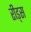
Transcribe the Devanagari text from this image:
रीड्स